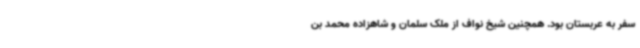
سفر به عربستان بود. همچنین شیخ نواف از ملک سلمان و شاهزاده محمد بن